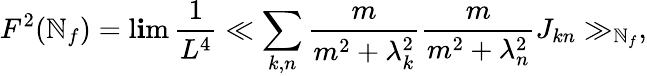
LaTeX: F^{2}(\mathbb{N}_{f})=\operatorname*{l\mathbf{i}m}\frac{{1}}{{L^{4}}}\ll\sum_{k,n}\frac{{m}}{{m^{2}+\lambda_{k}^{2}}}\frac{{m}}{{m^{2}+\lambda_{n}^{2}}}J_{kn}\gg_{\mathbb{N}_{f}},